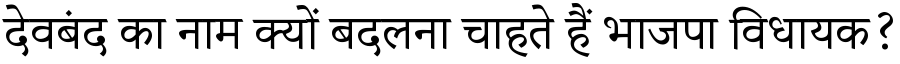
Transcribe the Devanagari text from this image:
देवबंद का नाम क्यों बदलना चाहते हैं भाजपा विधायक?